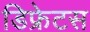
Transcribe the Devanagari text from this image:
डिफ्रेटस